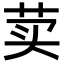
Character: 荬